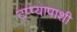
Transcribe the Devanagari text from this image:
टप्प्यापाशी